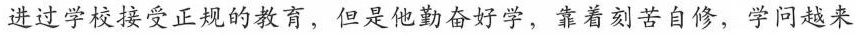
进过学校接受正规的教育，但是他勤奋好学，靠着刻苦自修，学问越来